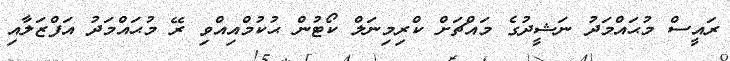
ރައީސް މުޙައްމަދު ނަޝީދުގެ މައްޗަށް ކްރިމިނަލް ކޯޓުން ޙުކުމްއިއްވި ރޭ މުޙައްމަދު އަފްޒަލާއި